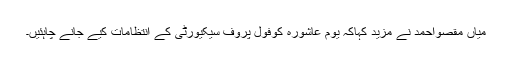
میاں مقصواحمد نے مزید کہاکہ یوم عاشورہ کوفول پروف سیکیورٹی کے انتظامات کیے جانے چاہئیں۔